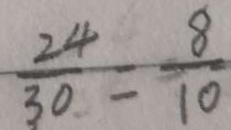
\frac { 2 4 } { 3 0 } = \frac { 8 } { 1 0 }